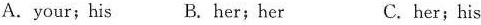
A. your; his B. her; her C. her; his